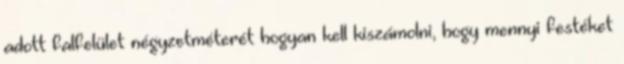
adott falfelület négyzetméterét hogyan kell kiszámolni, hogy mennyi festéket